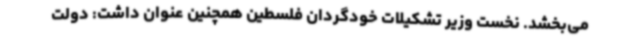
می‌بخشد. نخست وزیر تشکیلات خودگردان فلسطین همچنین عنوان داشت: دولت